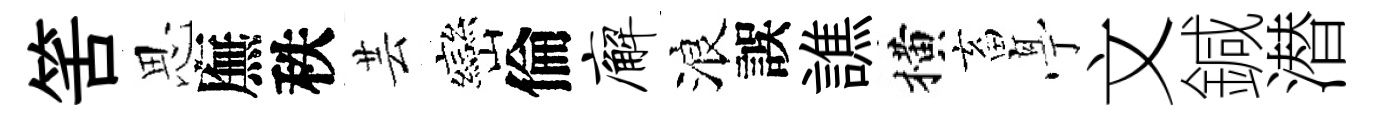
筈思廡秩芸巒倫廨浪誤譙横畜𠅘文鍼潜